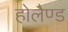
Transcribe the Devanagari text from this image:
होलैण्ड